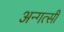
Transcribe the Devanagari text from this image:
अन्गत्सी